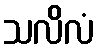
သလိလံ